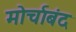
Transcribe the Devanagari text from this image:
मोर्चाबंद